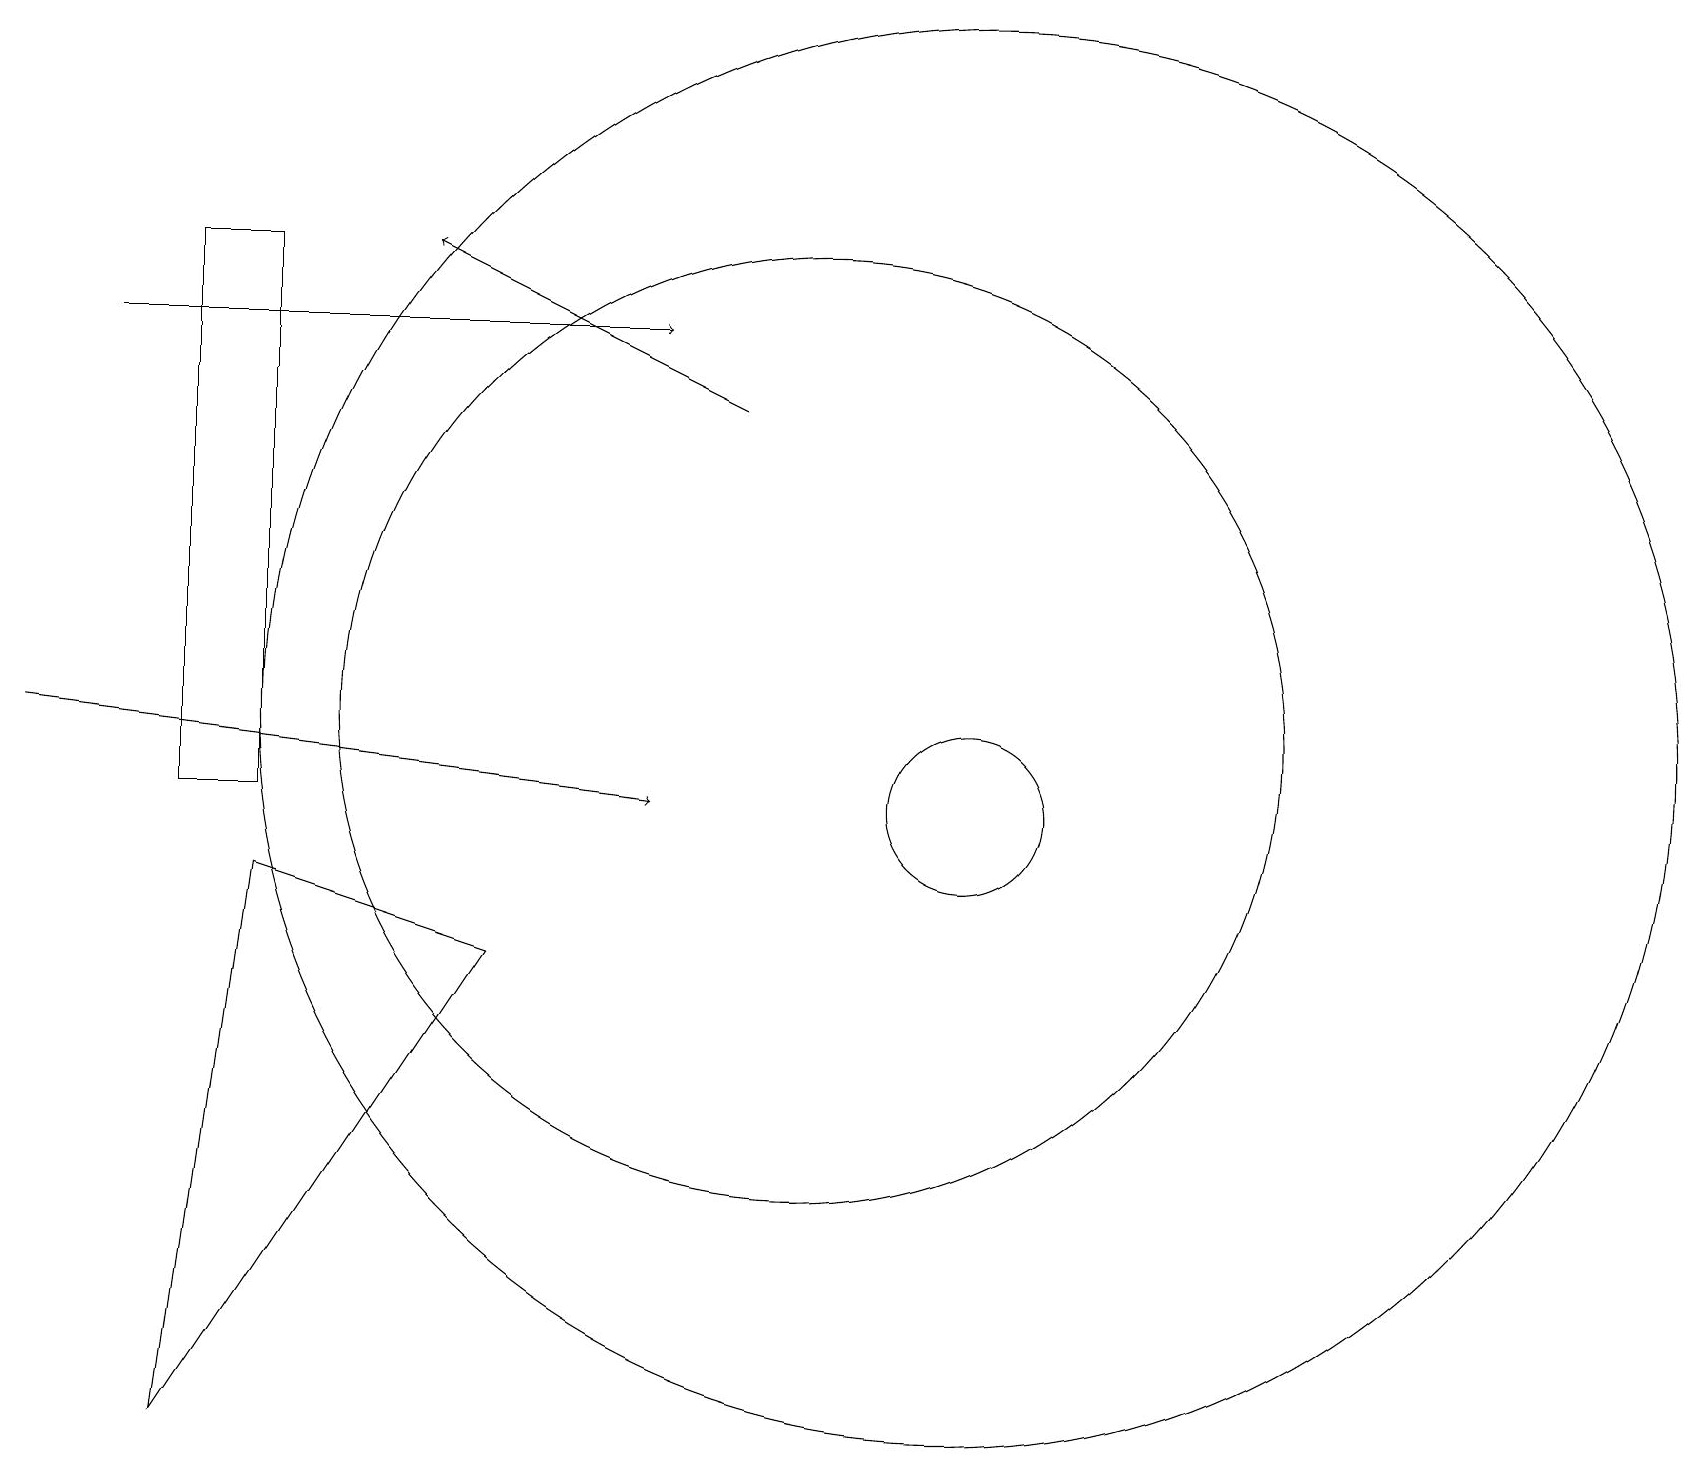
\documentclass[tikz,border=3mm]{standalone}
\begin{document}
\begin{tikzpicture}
\draw[->] (0,11) -- (8,10);
\draw (12,10) circle (1);
\draw (3,10) rectangle (2,17);
\draw[->] (1,16) -- (8,16);
\draw[->] (9,15) -- (5,17);
\draw (12,11) circle (9);
\draw (3,9) -- (6,8) -- (2,2) -- cycle;
\draw (10,11) circle (6);
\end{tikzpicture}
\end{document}